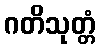
ဂတိသုတ္တံ